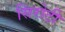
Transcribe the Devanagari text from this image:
सिरोटी